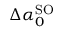
\Delta \alpha _ { 0 } ^ { \mathrm { S O } }